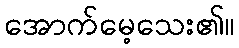
အောက်မေ့သေး၏။